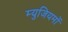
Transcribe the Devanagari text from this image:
म्युजियमों